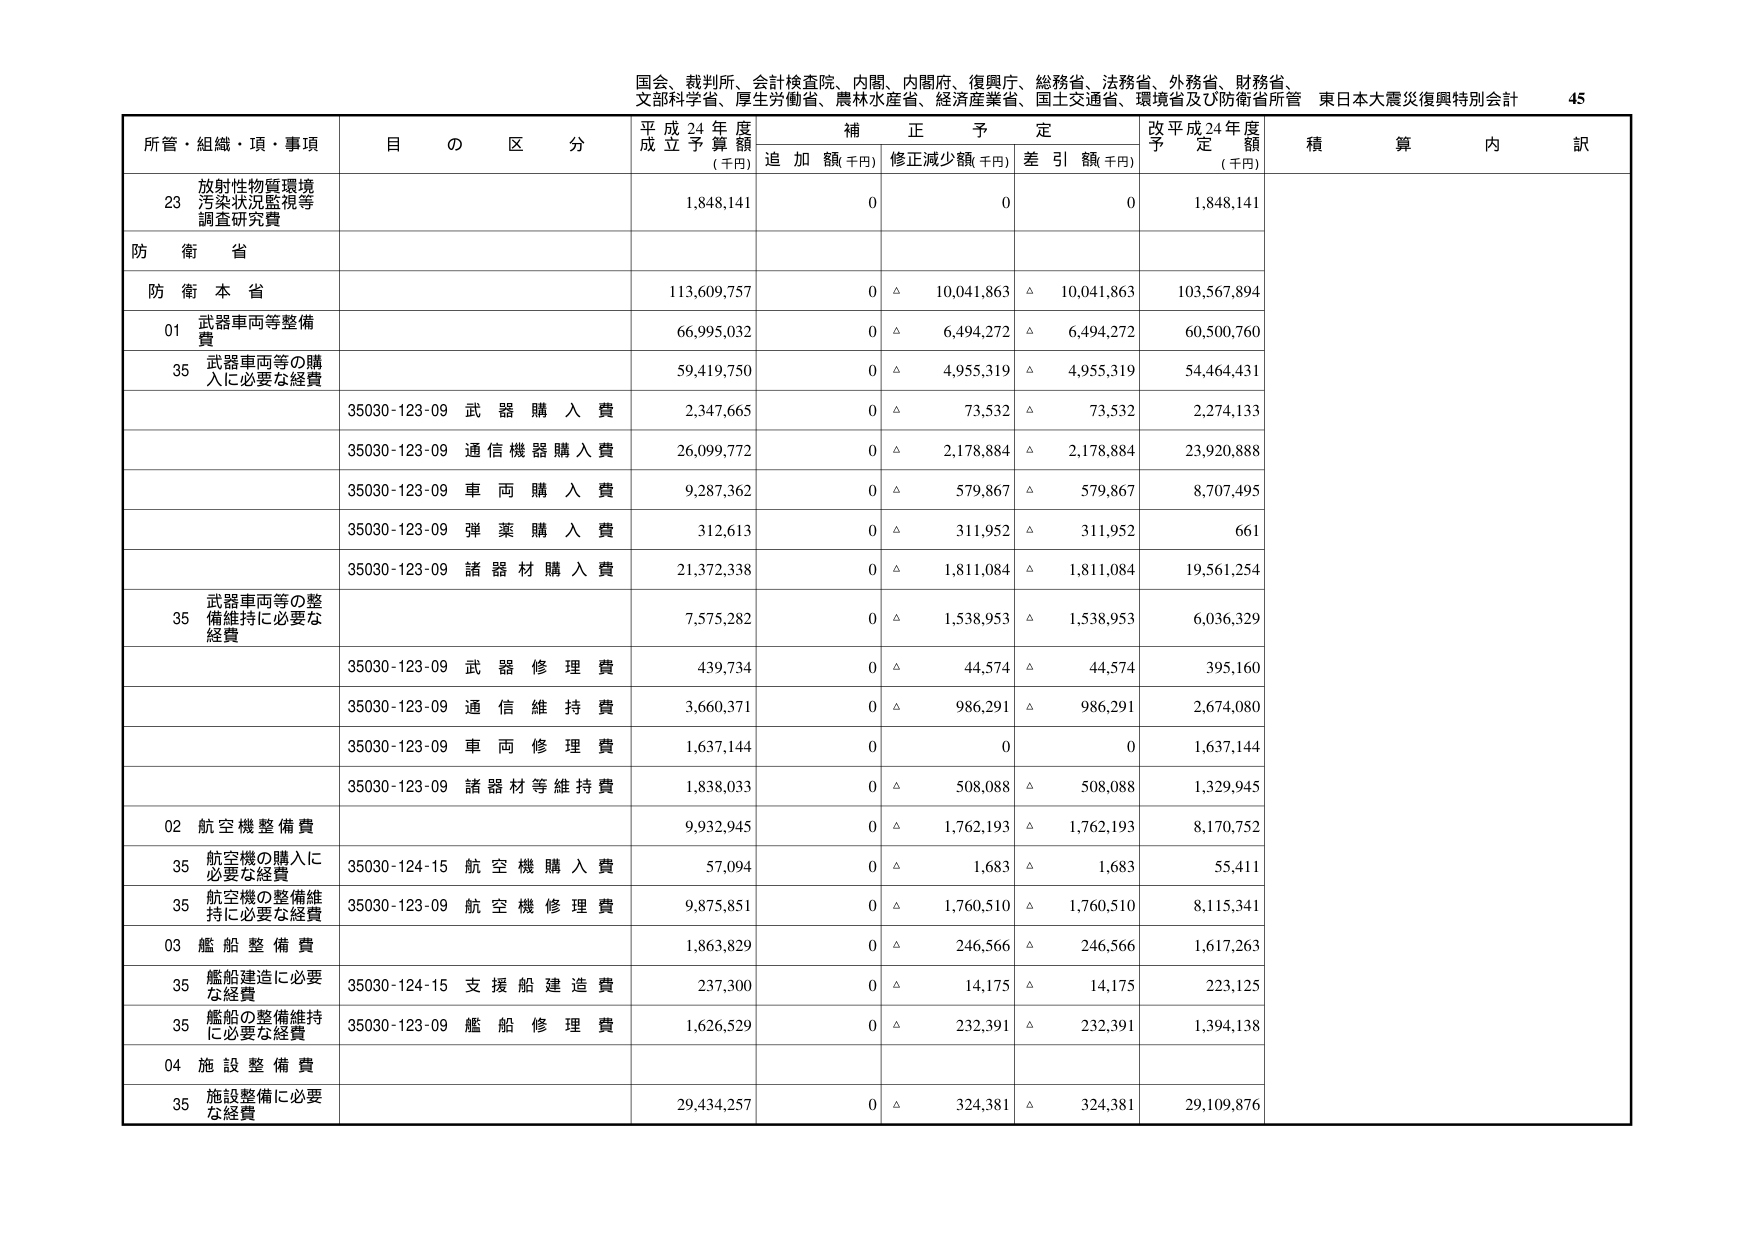
国会、裁判所、会計検査院、内閣、内閣府、復興庁、総務省、法務省、外務省、財務省、
文部科学省、厚生労働省、農林水産省、経済産業省、国土交通省、環境省及び防衛省所管 東日本大震災復興特別会計 45

所管・組織・項・事項 目の区分 平成24年度成立予算額（千円） 補正予定 追加額（千円） 修正減少額（千円） 差引額（千円） 改平成24年度予定額（千円） 積算内訳

23 放射性物質環境汚染状況監視等調査研究費 1,848,141 0 0 0 1,848,141

防衛省

防衛本省 113,609,757 0 △ 10,041,863 △ 10,041,863 103,567,894

01 武器車両等整備費 66,995,032 0 △ 6,494,272 △ 6,494,272 60,500,760

35 武器車両等の購入に必要な経費 59,419,750 0 △ 4,955,319 △ 4,955,319 54,464,431

35030-123-09 武器購入費 2,347,665 0 △ 73,532 △ 73,532 2,274,133

35030-123-09 通信機器購入費 26,099,772 0 △ 2,178,884 △ 2,178,884 23,920,888

35030-123-09 車両購入費 9,287,362 0 △ 579,867 △ 579,867 8,707,495

35030-123-09 弾薬購入費 312,613 0 △ 311,952 △ 311,952 661

35030-123-09 諸器材購入費 21,372,338 0 △ 1,811,084 △ 1,811,084 19,561,254

35 武器車両等の整備維持に必要な経費 7,575,282 0 △ 1,538,953 △ 1,538,953 6,036,329

35030-123-09 武器修理費 439,734 0 △ 44,574 △ 44,574 395,160

35030-123-09 通信維持費 3,660,371 0 △ 986,291 △ 986,291 2,674,080

35030-123-09 車両修理費 1,637,144 0 0 0 1,637,144

35030-123-09 諸器材等維持費 1,838,033 0 △ 508,088 △ 508,088 1,329,945

02 航空機整備費 9,932,945 0 △ 1,762,193 △ 1,762,193 8,170,752

35 航空機の購入に必要な経費 35030-124-15 航空機購入費 57,094 0 △ 1,683 △ 1,683 55,411

35 航空機の整備維持に必要な経費 35030-123-09 航空機修理費 9,875,851 0 △ 1,760,510 △ 1,760,510 8,115,341

03 艦船整備費 1,863,829 0 △ 246,566 △ 246,566 1,617,263

35 艦船建造に必要な経費 35030-124-15 支援船建造費 237,300 0 △ 14,175 △ 14,175 223,125

35 艦船の整備維持に必要な経費 35030-123-09 艦船修理費 1,626,529 0 △ 232,391 △ 232,391 1,394,138

04 施設整備費

35 施設整備に必要な経費 29,434,257 0 △ 324,381 △ 324,381 29,109,876